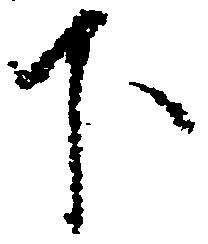
下